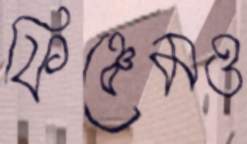
ফিঞ্চেমও